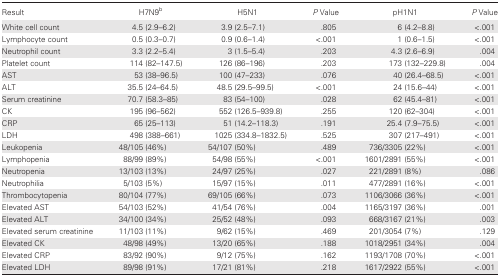
<table><thead><tr><td><b>Result</b></td><td><b>H7N9<sup>b</sup></b></td><td><b>H5N1</b></td><td><b><i>P</i> Value</b></td><td><b>pH1N1</b></td><td><b><i>P</i> Value</b></td></tr></thead><tbody><tr><td>White cell count</td><td>4.5 (2.9–6.2)</td><td>3.9 (2.5–7.1)</td><td>.805</td><td>6 (4.2–8.8)</td><td>&lt;.001</td></tr><tr><td>Lymphocyte count</td><td>0.5 (0.3–0.7)</td><td>0.9 (0.6–1.4)</td><td>&lt;.001</td><td>1 (0.6–1.5)</td><td>&lt;.001</td></tr><tr><td>Neutrophil count</td><td>3.3 (2.2–5.4)</td><td>3 (1.5–5.4)</td><td>.203</td><td>4.3 (2.6–6.9)</td><td>.004</td></tr><tr><td>Platelet count</td><td>114 (82–147.5)</td><td>126 (86–196)</td><td>.203</td><td>173 (132–229.8)</td><td>.004</td></tr><tr><td>AST</td><td>53 (38–96.5)</td><td>100 (47–233)</td><td>.076</td><td>40 (26.4–68.5)</td><td>&lt;.001</td></tr><tr><td>ALT</td><td>35.5 (24–64.5)</td><td>48.5 (29.5–99.5)</td><td>&lt;.001</td><td>24 (15.6–44)</td><td>&lt;.001</td></tr><tr><td>Serum creatinine</td><td>70.7 (58.3–85)</td><td>83 (54–100)</td><td>.028</td><td>62 (45.4–81)</td><td>&lt;.001</td></tr><tr><td>CK</td><td>195 (96–562)</td><td>552 (126.5–939.8)</td><td>.255</td><td>120 (62–304)</td><td>&lt;.001</td></tr><tr><td>CRP</td><td>65 (25–113)</td><td>51 (14.2–118.3)</td><td>.191</td><td>25.4 (7.9–75.5)</td><td>&lt;.001</td></tr><tr><td>LDH</td><td>498 (388–661)</td><td>1025 (334.8–1832.5)</td><td>.525</td><td>307 (217–491)</td><td>&lt;.001</td></tr><tr><td>Leukopenia</td><td>48/105 (46%)</td><td>54/107 (50%)</td><td>.489</td><td>736/3305 (22%)</td><td>&lt;.001</td></tr><tr><td>Lymphopenia</td><td>88/99 (89%)</td><td>54/98 (55%)</td><td>&lt;.001</td><td>1601/2891 (55%)</td><td>&lt;.001</td></tr><tr><td>Neutropenia</td><td>13/103 (13%)</td><td>24/97 (25%)</td><td>.027</td><td>221/2891 (8%)</td><td>.086</td></tr><tr><td>Neutrophilia</td><td>5/103 (5%)</td><td>15/97 (15%)</td><td>.011</td><td>477/2891 (16%)</td><td>&lt;.001</td></tr><tr><td>Thrombocytopenia</td><td>80/104 (77%)</td><td>69/105 (66%)</td><td>.073</td><td>1106/3066 (36%)</td><td>&lt;.001</td></tr><tr><td>Elevated AST</td><td>54/103 (52%)</td><td>41/54 (76%)</td><td>.004</td><td>1165/3197 (36%)</td><td>.001</td></tr><tr><td>Elevated ALT</td><td>34/100 (34%)</td><td>25/52 (48%)</td><td>.093</td><td>668/3167 (21%)</td><td>.003</td></tr><tr><td>Elevated serum creatinine</td><td>11/103 (11%)</td><td>9/62 (15%)</td><td>.469</td><td>201/3054 (7%)</td><td>.129</td></tr><tr><td>Elevated CK</td><td>48/98 (49%)</td><td>13/20 (65%)</td><td>.188</td><td>1018/2951 (34%)</td><td>.004</td></tr><tr><td>Elevated CRP</td><td>83/92 (90%)</td><td>9/12 (75%)</td><td>.162</td><td>1193/1708 (70%)</td><td>&lt;.001</td></tr><tr><td>Elevated LDH</td><td>89/98 (91%)</td><td>17/21 (81%)</td><td>.218</td><td>1617/2922 (55%)</td><td>&lt;.001</td></tr></tbody></table>